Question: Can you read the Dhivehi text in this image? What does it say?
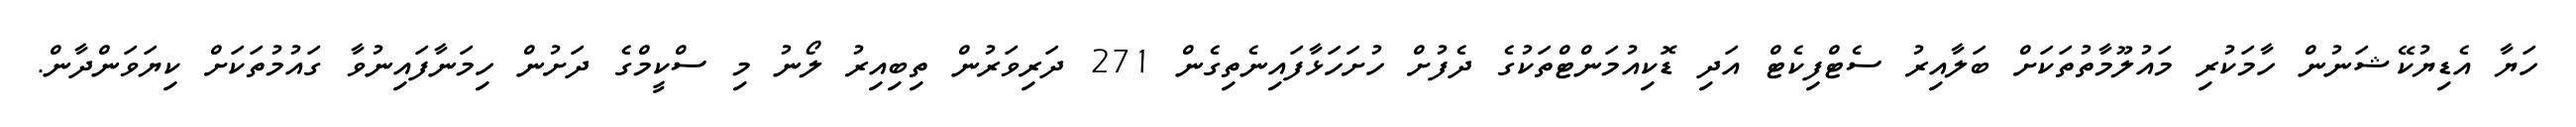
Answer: ހަޔާ އެޑިޔުކޭޝަނުން ހާމަކުރި މައުލޫމާތުތަކަށް ބަލާއިރު ސެޓްފިކެޓް އަދި ޑޮކިއުމަންޓްތަކުގެ ދެފުށް ހުށަހަޅާފައިނެތިގެން 271 ދަރިވަރުން ތިބިއިރު ލޯނު މި ސްކީމްގެ ދަށުން ހިމަނާފައިނުވާ ގައުމުތަކަށް ކިޔަވަންދާން.